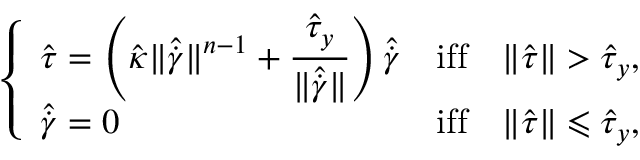
\left\{ \begin{array} { l l } { \hat { \boldsymbol { \tau } } = \left( \hat { \kappa } \Vert \hat { \dot { \boldsymbol { \gamma } } } \Vert ^ { n - 1 } + \displaystyle { \frac { \hat { \tau } _ { y } } { \Vert \hat { \dot { \boldsymbol { \gamma } } } \Vert } } \right) \hat { \dot { \boldsymbol { \gamma } } } } & { \mathrm { i f f } \quad \Vert \hat { \boldsymbol { \tau } } \Vert > \hat { \tau } _ { y } , } \\ { \hat { \dot { \boldsymbol { \gamma } } } = 0 } & { \mathrm { i f f } \quad \Vert \hat { \boldsymbol { \tau } } \Vert \leqslant \hat { \tau } _ { y } , } \end{array} \right.